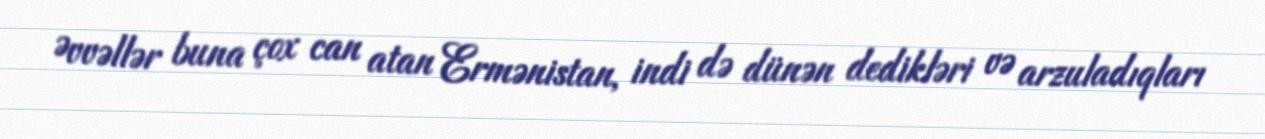
Əvvəllər buna çox can atan Ermənistan, indi də dünən dedikləri və arzuladıqları